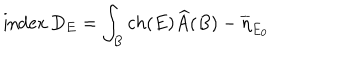
\mathrm { i n d e x } \, D _ { E } = \int _ { B } c h ( E ) \widehat { A } ( B ) - \overline { { \eta } } _ { E _ { 0 } }